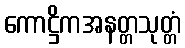
ကောဋ္ဌိကအနတ္တသုတ္တံ